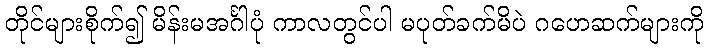
တိုင်များစိုက်၍ မိန်းမအင်္ဂါပုံ ကာလတွင်ပါ မပုတ်ခက်မိပဲ ဂဟေဆက်များကို